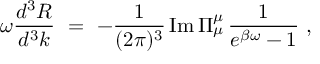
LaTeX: \omega { \frac { d ^ { 3 } R } { d ^ { 3 } k } } \ = \ - { \frac { 1 } { ( 2 \pi ) ^ { 3 } } } \, \mathrm { I m } \, \Pi _ { \mu } ^ { \mu } \, { \frac { 1 } { e ^ { \beta \omega } - 1 } } \ ,